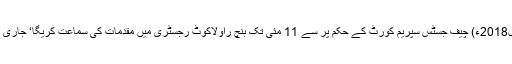
24 اپریل2018ء) چیف جسٹس سپریم کورٹ کے حکم پر سے 11 مئی تک بنچ راولاکوٹ رجسٹری میں مقدمات کی سماعت کریگا‘ جاری اعلامیہ ۔